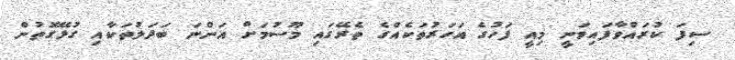
ސިފަ ކުރައްވާފައިވަނީ މިއީ ފަހުގެ އަހަރުތަކެއްގެ ތެރޭގައި މޫސުމަށް އަންނަ ބަދަލުތަކާއި ގުޅޭގޮތުން